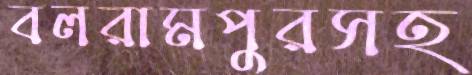
বলরামপুরসহ